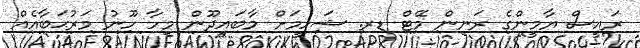
ރައީސް ޔާމީންގެ ރަނިން މޭޓް ޑރ. ޝަހީމަށް މާބައިދޫން މިހާ ހޫނު މަރުޙަބާއެއް